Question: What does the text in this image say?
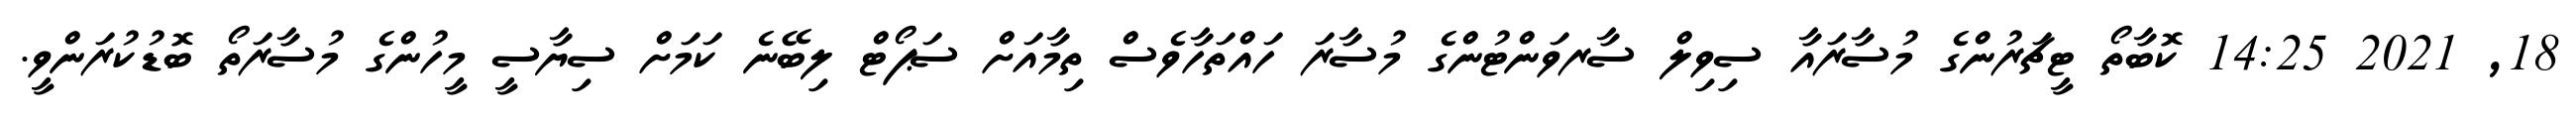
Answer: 18, 2021 14:25 ކޮބާތޯ ޓީޗަރުންގެ މުސާރައާ ސިވިލް ސާރވަންޓުންގެ މުސާރަ ހައްތަހާވެސް ތިމާއަށް ސަޕޯޓް ލިބޭނެ ކަމަށް ސިޔާސީ މީހުންގެ މުސާރަތޯ ބޮޑުކުރަންވީ.